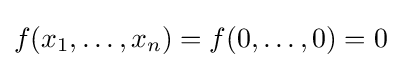
f(x_{1},\dots ,x_{n})=f(0,\dots ,0)=0